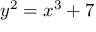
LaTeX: y ^ { 2 } = x ^ { 3 } + 7